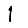
Digit: 1